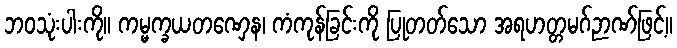
ဘဝသုံးပါးကို။ ကမ္မက္ခယတဏှေန၊ ကံကုန်ခြင်းကို ပြုတတ်သော အရဟတ္တမဂ်ဉာဏ်ဖြင့်။